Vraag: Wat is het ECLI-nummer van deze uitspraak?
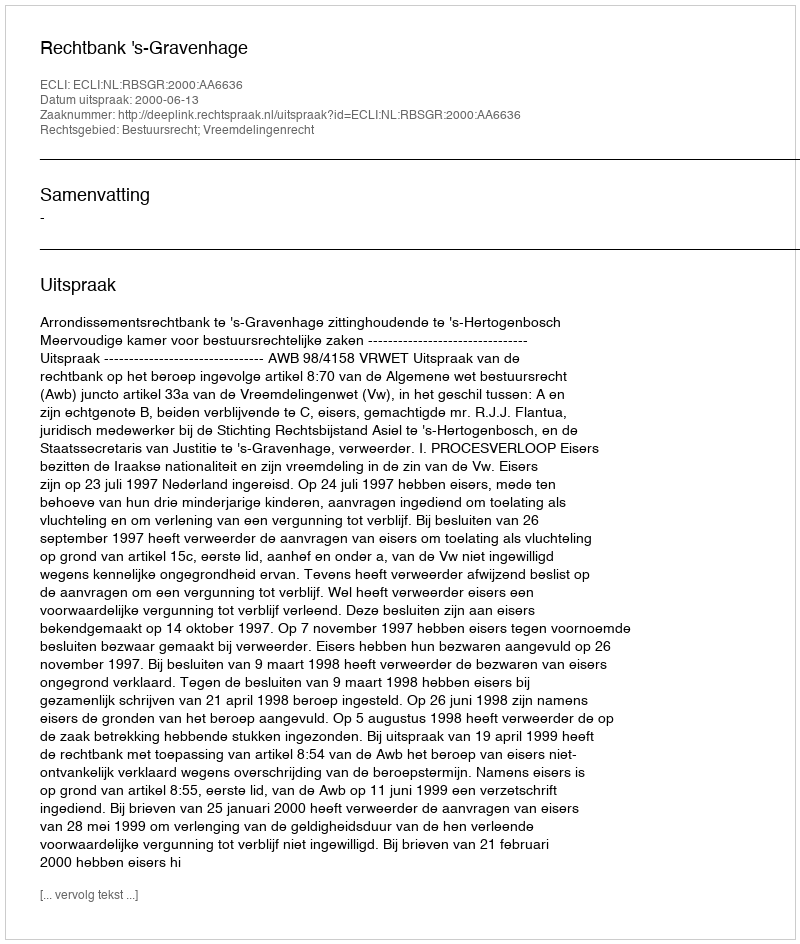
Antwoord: ECLI:NL:RBSGR:2000:AA6636